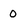
Character: 0